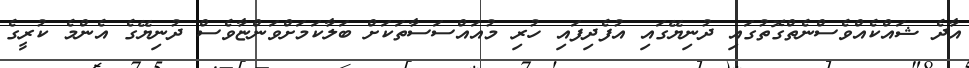
އާދެ ޝައްކެއްވެސްނެތްގޮތުގައި ދުނިޔޭގައި އުފެދިފައި ހުރި މުއައްސަސާތަކަށް ބަލާކަމަށްވަންޏާވެސް ދުނިޔޭގެ އެންމެ ކުރީގެ